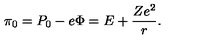
\pi _ { 0 } = P _ { 0 } - e \Phi = E + \frac { Z e ^ { 2 } } { r } .